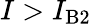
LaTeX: I>I_{\mathrm{B2}}